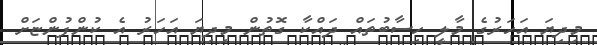
މިދިޔަ އަހަރުގެ މާލީ ހިސާބުތައް ދައްކާ ގޮތުން މިދިޔަ އަހަރު އެ ކުންފުންޏަށް